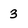
Character: 3